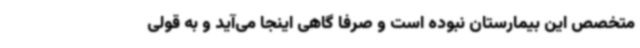
متخصص این بیمارستان نبوده است و صرفا گاهی اینجا می‌آید و به قولی